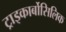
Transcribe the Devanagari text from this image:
ट्राइकार्बोसिलिक